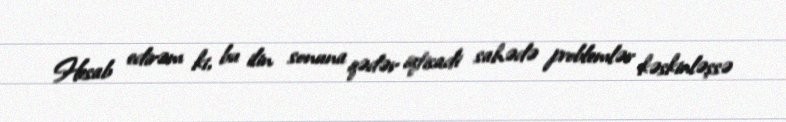
Hesab edirəm ki, bu ilin sonuna qədər iqtisadi sahədə problemlər kəskinləşsə